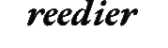
reedier